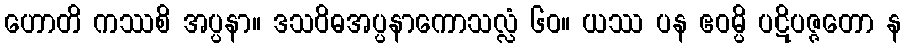
ဟောတိ ကဿစိ အပ္ပနာ။ ဒသဝိဓအပ္ပနာကောသလ္လံ ၆၀။ ယဿ ပန ဧဝမ္ပိ ပဋိပဇ္ဇတော န